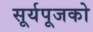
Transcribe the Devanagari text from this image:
सूर्यपूजको